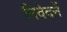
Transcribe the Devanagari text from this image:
निवेदनें